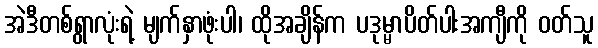
အဲဒီတစ်ရွာလုံးရဲ့ မျက်နှာဖုံးပါ၊ ထိုအချိန်က ပဒုမ္မာပိတ်ပါးအကျီကို ဝတ်သူ